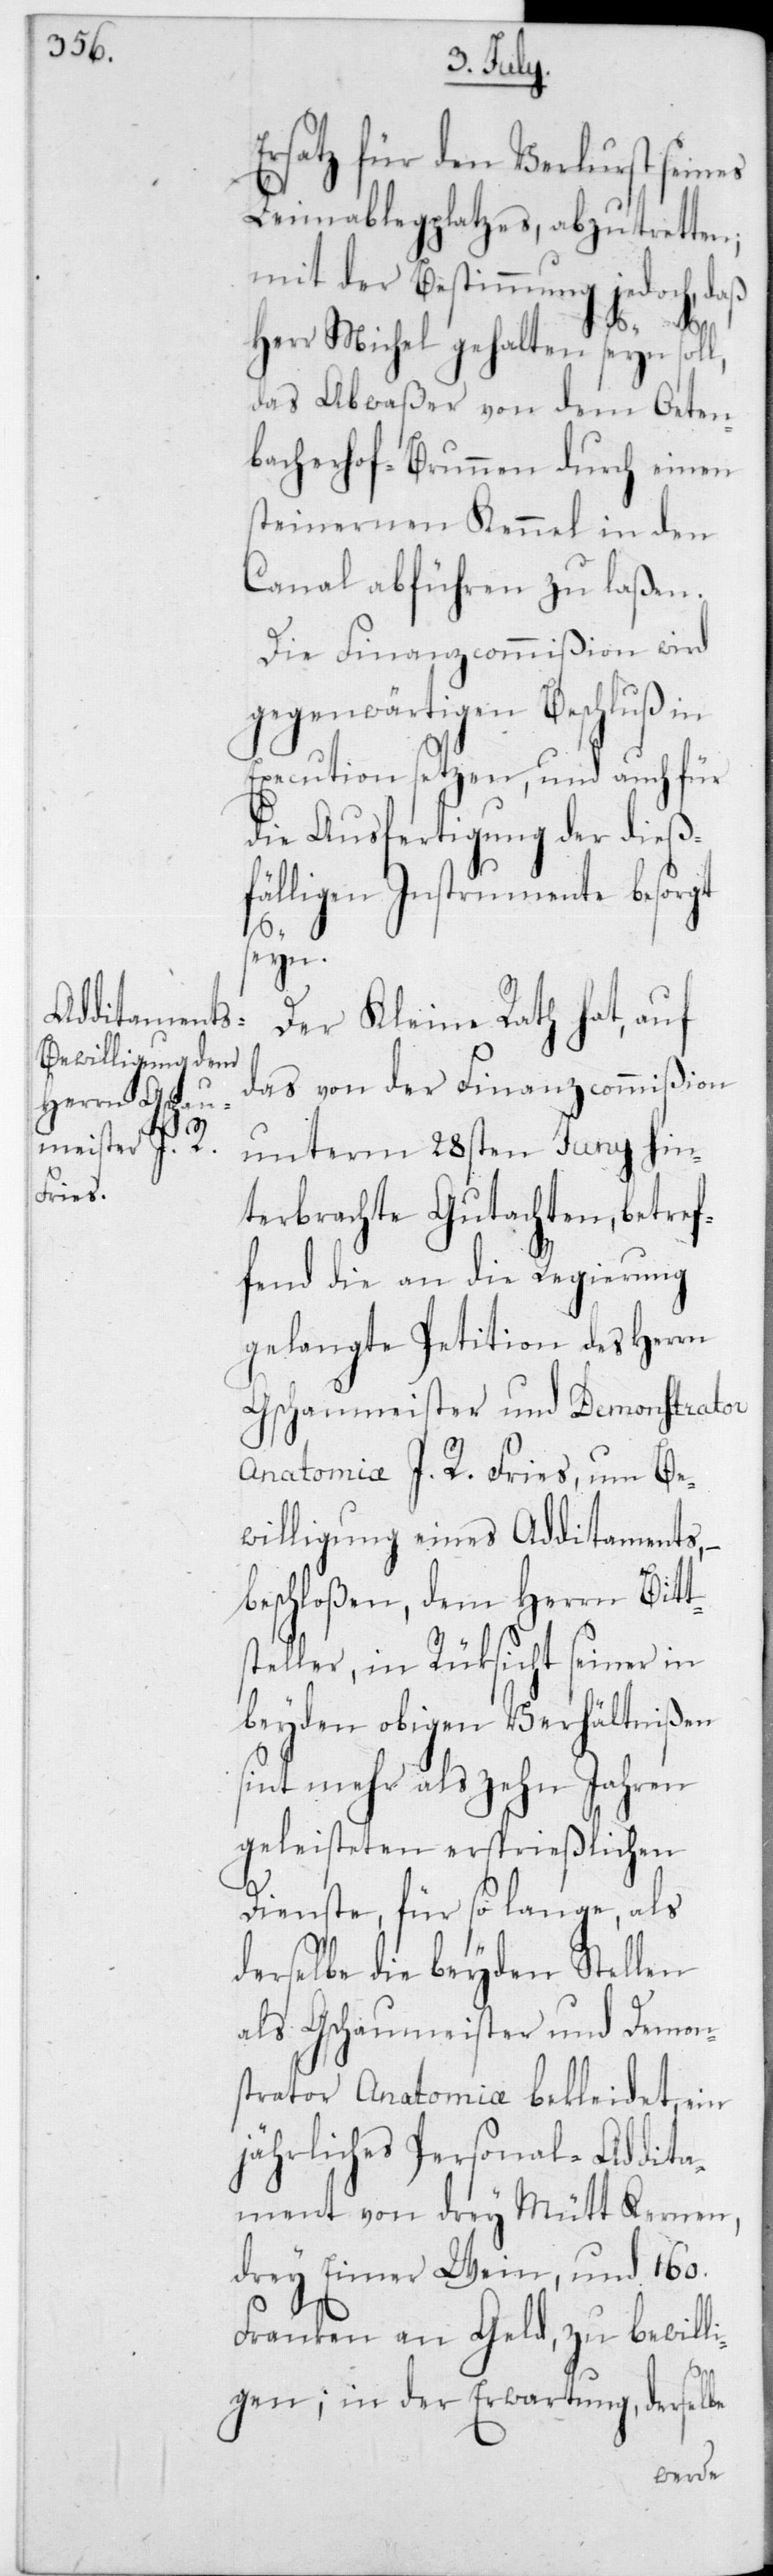
Ersatz für den Verlust seines
Leimablegplatzes, abzutretten;
mit der Bestimmung jedoch, daß
Herr Michel gehalten seyn sol¬
das Abwaßer von dem Oeten¬
bacherhof-Brunnen durch einen
steinernen Kennel in den
Canal abführen zu laßen.
Die Finanzcommißion wird
gegenwärtigen Beschluß in
Execution setzen, und auch für
die Ausfertigung der dieß¬
fälligen Instrumente besorgt
seyn.
Der Kleine Rath hat, auf
das von der Finanzcommißion
unterm 28sten Juny hin¬
terbrachte Gutachten, betref¬
fend die an die Regierung
gelangte Petition des Herrn
Gschaumeister und Demonstrator
Anatomiae J. R. Fries, um Be¬
willigung eines Additaments,
beschloßen, dem Herrn Bitt¬
steller, in Rücksicht seiner in
beyden obigen Verhältnißen
sint mehr als zehn Jahren
geleisteten ersprießlichen
Dienste, für so lange, als
derselbe die beyden Stellen
als Gschaumeister und Demon¬
strator Anatomiae bekleidet, ein
jährliches Personal-Addita¬
ment von drey Mütt Kernen,
drey Eimer Wein, und 160
Franken an Geld, zu bewilli¬
l,
gen; in der Erwartung, derselbe